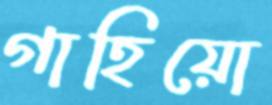
গাহিয়ো